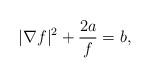
LaTeX: \begin{align*}|\nabla f|^2+\frac{2a}{f}=b,\end{align*}